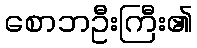
စောဘဦးကြီး၏